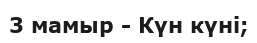
3 мамыр - Күн күні;